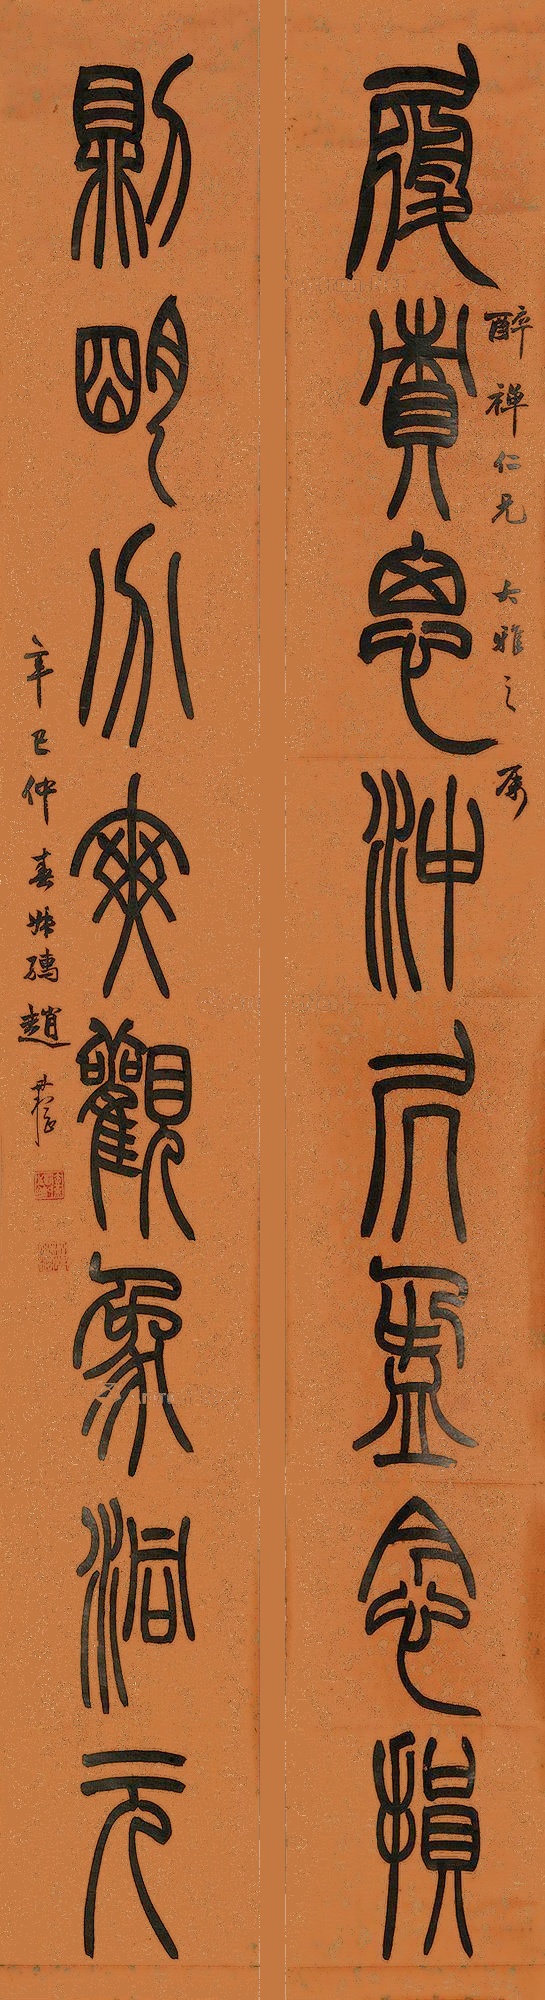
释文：履责思冲居盈念损，则明分爽观象洞元。醉禅仁兄大雅之属，辛巳仲春，叔孺赵时㭎。